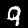
Digit: 9